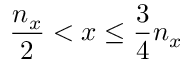
\frac { n _ { x } } { 2 } < x \leq \frac { 3 } { 4 } n _ { x }